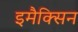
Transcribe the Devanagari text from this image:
इमैक्सिन